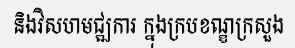
និងវិសហមជ្ឍការ ក្នុងក្របខណ្ឌក្រសួង